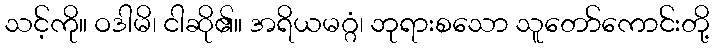
သင့်ကို။ ဝဒါမိ၊ ငါဆို၏။ အရိယမဂ္ဂံ၊ ဘုရားစသော သူတော်ကောင်းတို့